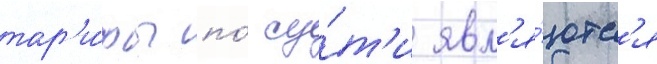
тар'и́фы по́ су́т'и явл'я́ютс'я